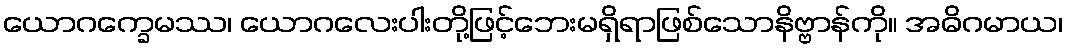
ယောဂက္ခေမဿ၊ ယောဂလေးပါးတို့ဖြင့်ဘေးမရှိရာဖြစ်သောနိဗ္ဗာန်ကို။ အဓိဂမာယ၊